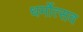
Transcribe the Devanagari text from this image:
धर्मोत्सव